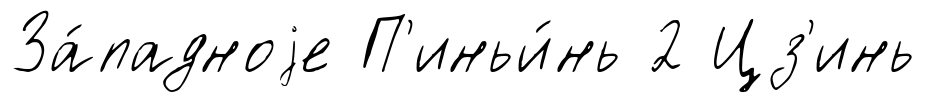
За́падноjе П'иньи́нь 2 Цз'инь